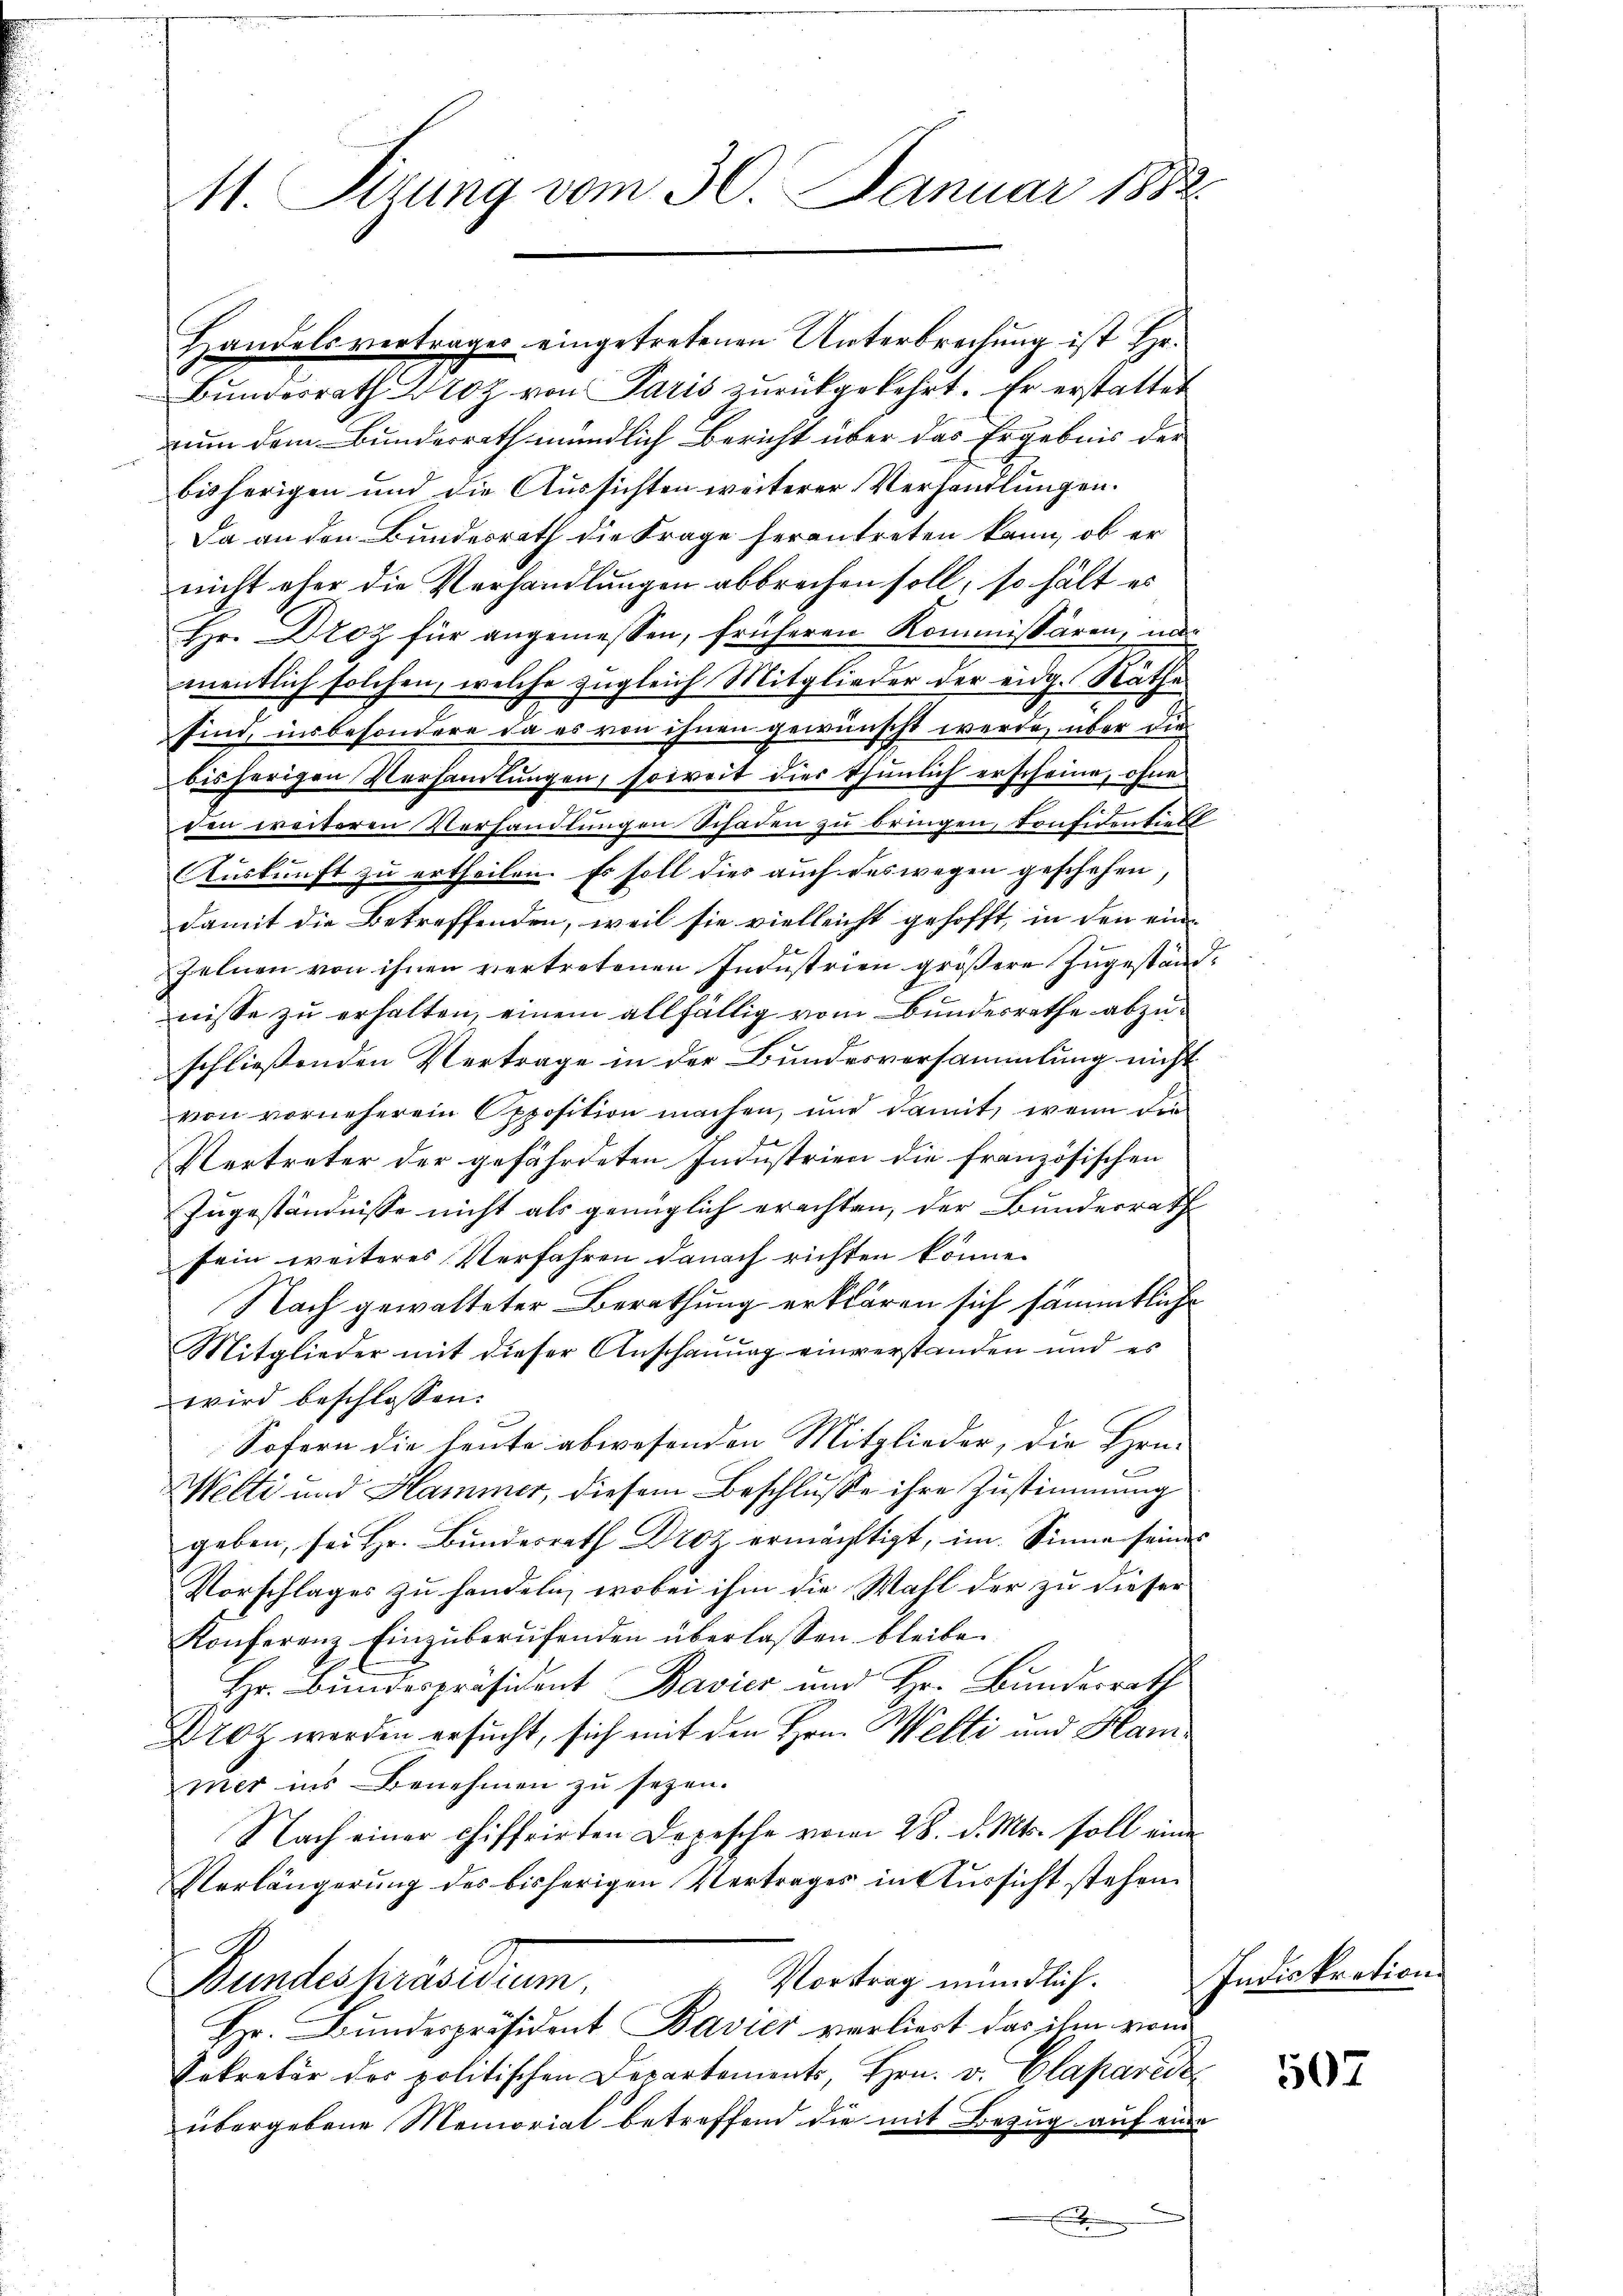
11. Sizung vom 30. Januar 1882.

Handelsvertrages eingetretenen Unterbrechung ist Hr.
Bŭndesrath Droz von Paris zŭrückgekehrt. Er erstattet
nun dem Bunderrath mündlich Bericht über das Ergebnis der
bisherigen und die Aussichten weiterer Verhandlungen.
Da an den Bundesrath die Frage herantreten kann, ob er
nicht eher die Verhandlungen abbrechen soll, so hält es
Hr. Droz für angemessen, früheren Kommissären, un
mentlich solchen, welche zugleich Mitglieder der eidg. Rathe
sind, insbesondere da es von ihnen gewünscht werde, über die
bisherigen Verhandlŭngen, soweit dies thunlich erscheine, ohne
den weiteren Verhandlungen Schaden zu bringen, konfidentiert
Auskunft zu ertheilen. Es soll dies auch des wegen geschehen
damit die Betreffenden, weil sie vielleicht gehofft, in den einzelnen von ihnen vertretenen Industrien größere Zugestand
nisse zu erhalten, einem allfällig vom Bunderrathe abzuschließenden Vertrage in der Bundesversammlung nicht
von vorneherein Opposition machen, und damit, wenn die
Vertreter der gefährdeten Industrien die französischen
Zugeständnisse nicht als genüglich erachten, der Bundesrath
sein weiteres Verfahren danach richten könne.
Nach gewalteter Berathung erklären sich sämmtliche
Mitglieder mit dieser Anschauung einverstanden und es
wird beschlossen:
.
Sofern die heute abwesenden Mitglieder, die Hrn.
Welti und Hammer, diesem Beschluße ihre Zustimmung
geben, sei Hr. Bundesrath Droz ermächtigt, im Sinne seiner
Vorschlages zu handeln, wobei ihm die Wahl der zu dieser
Konferenz Einzuberufenden überlassen bleibe.
Hr. Bundespräsident Bavier und Hr. Bundesrath
Droz werden ersucht, sich mit den Hrn. Welti und Hammer ins Benehmen zu sezen.
Nach einer chiffrirten Depesche vom 28. d. Mts. soll eine
Verlängerung des bisherigen Vertrages in Aussicht stehen.
Vortrag mündlich.
Bundespräsidium
Hr. Bundespräsident Bavier verliert das ihm von
Sekretär der politischen Departements, Hrn. v. Glapareiz
übergebene Memorial betreffend die mit Bezug auf eine
e

Indiskration.

507